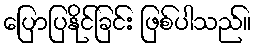
ပြောပြနိုင်ခြင်း ဖြစ်ပါသည်။